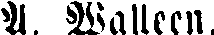
A. Walleen.